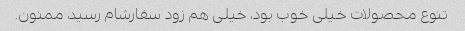
تنوع محصولات خیلی خوب بود، خیلی هم زود سفارشام رسید، ممنون.